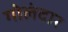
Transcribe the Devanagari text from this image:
गोलंदार